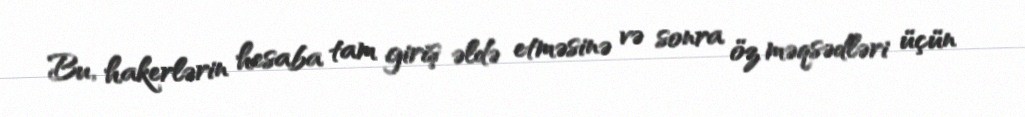
Bu, hakerlərin hesaba tam giriş əldə etməsinə və sonra öz məqsədləri üçün